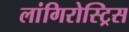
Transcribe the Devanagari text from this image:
लांगिरोस्ट्रिस